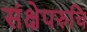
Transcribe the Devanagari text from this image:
संक्षेपरुचि